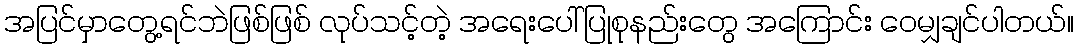
အပြင်မှာတွေ့ရင်ဘဲဖြစ်ဖြစ် လုပ်သင့်တဲ့ အရေးပေါ်ပြုစုနည်းတွေ အကြောင်း ဝေမျှချင်ပါတယ်။